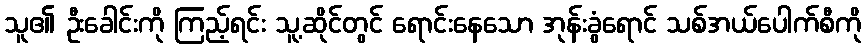
သူ၏ ဦးခေါင်းကို ကြည့်ရင်း သူ့ဆိုင်တွင် ရောင်းနေသော အုန်းခွံရောင် သစ်အယ်ပေါက်စီကို